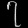
Digit: ၇